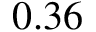
0 . 3 6